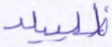
ظليلا